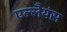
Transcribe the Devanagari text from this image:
एल्लैयंस